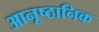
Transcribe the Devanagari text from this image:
आनूष्ठानिक